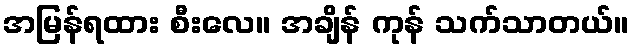
အမြန်ရထား စီးလေ။ အချိန် ကုန် သက်သာတယ်။